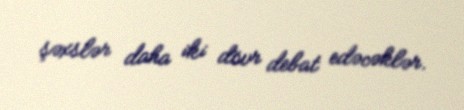
şəxslər daha iki dövr debat edəcəklər.